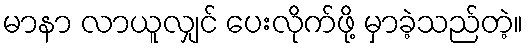
မာနာ လာယူလျှင် ပေးလိုက်ဖို့ မှာခဲ့သည်တဲ့။